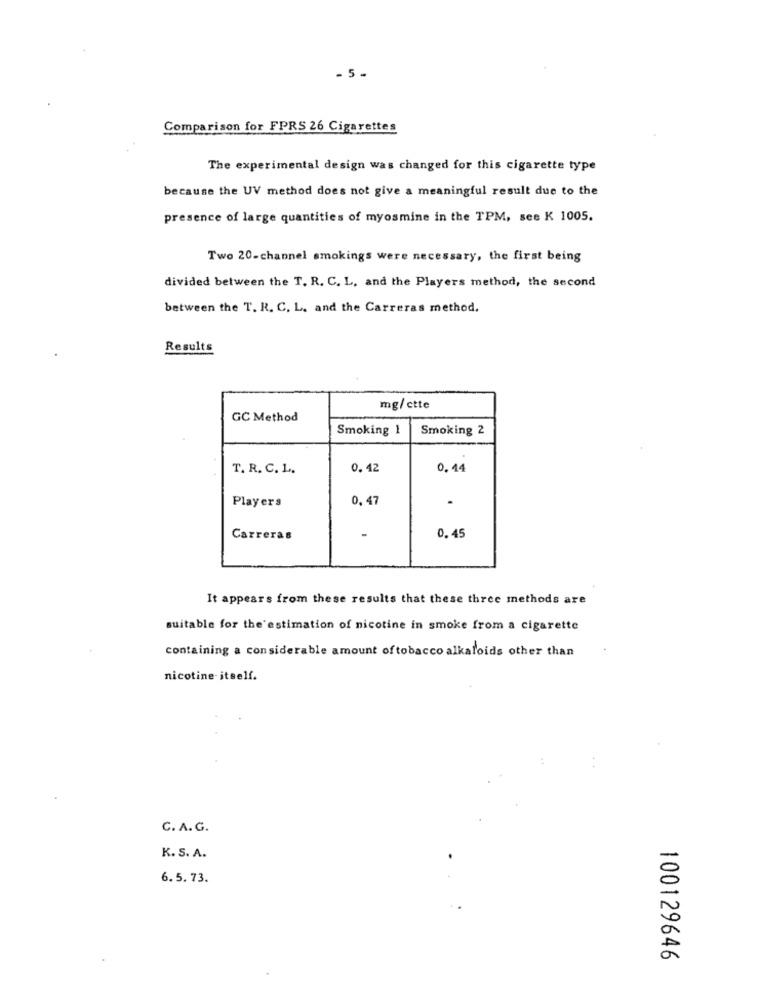
- 5 -
Comparison for FPRS 26 Cigarettes
The experimental design was changed for this cigarette type
because the UV method does not give a meaningful result due to the
presence of large quantities of myosmine in the TPM, see K 1005.
Two 20-channel smokings were necessary, the first being
divided between the T. R. C. L. and the Players method, the second
between the T. R. C. L. and the Carreras method.
Results
mg/ctte
GC Method
Smoking 1
Smoking 2
T. R. C. L.
0. 42
0.44
Players
0,47
.
Carreras
0.45
It appears from these results that these three methods are
suitable for the'estimation of nicotine in smoke from a cigarette
containing a considerable amount oftobacco alkaloids other than
nicotine-itself.
C. A.G.
K. S. A.
6.5. 73.
5
U
100129646